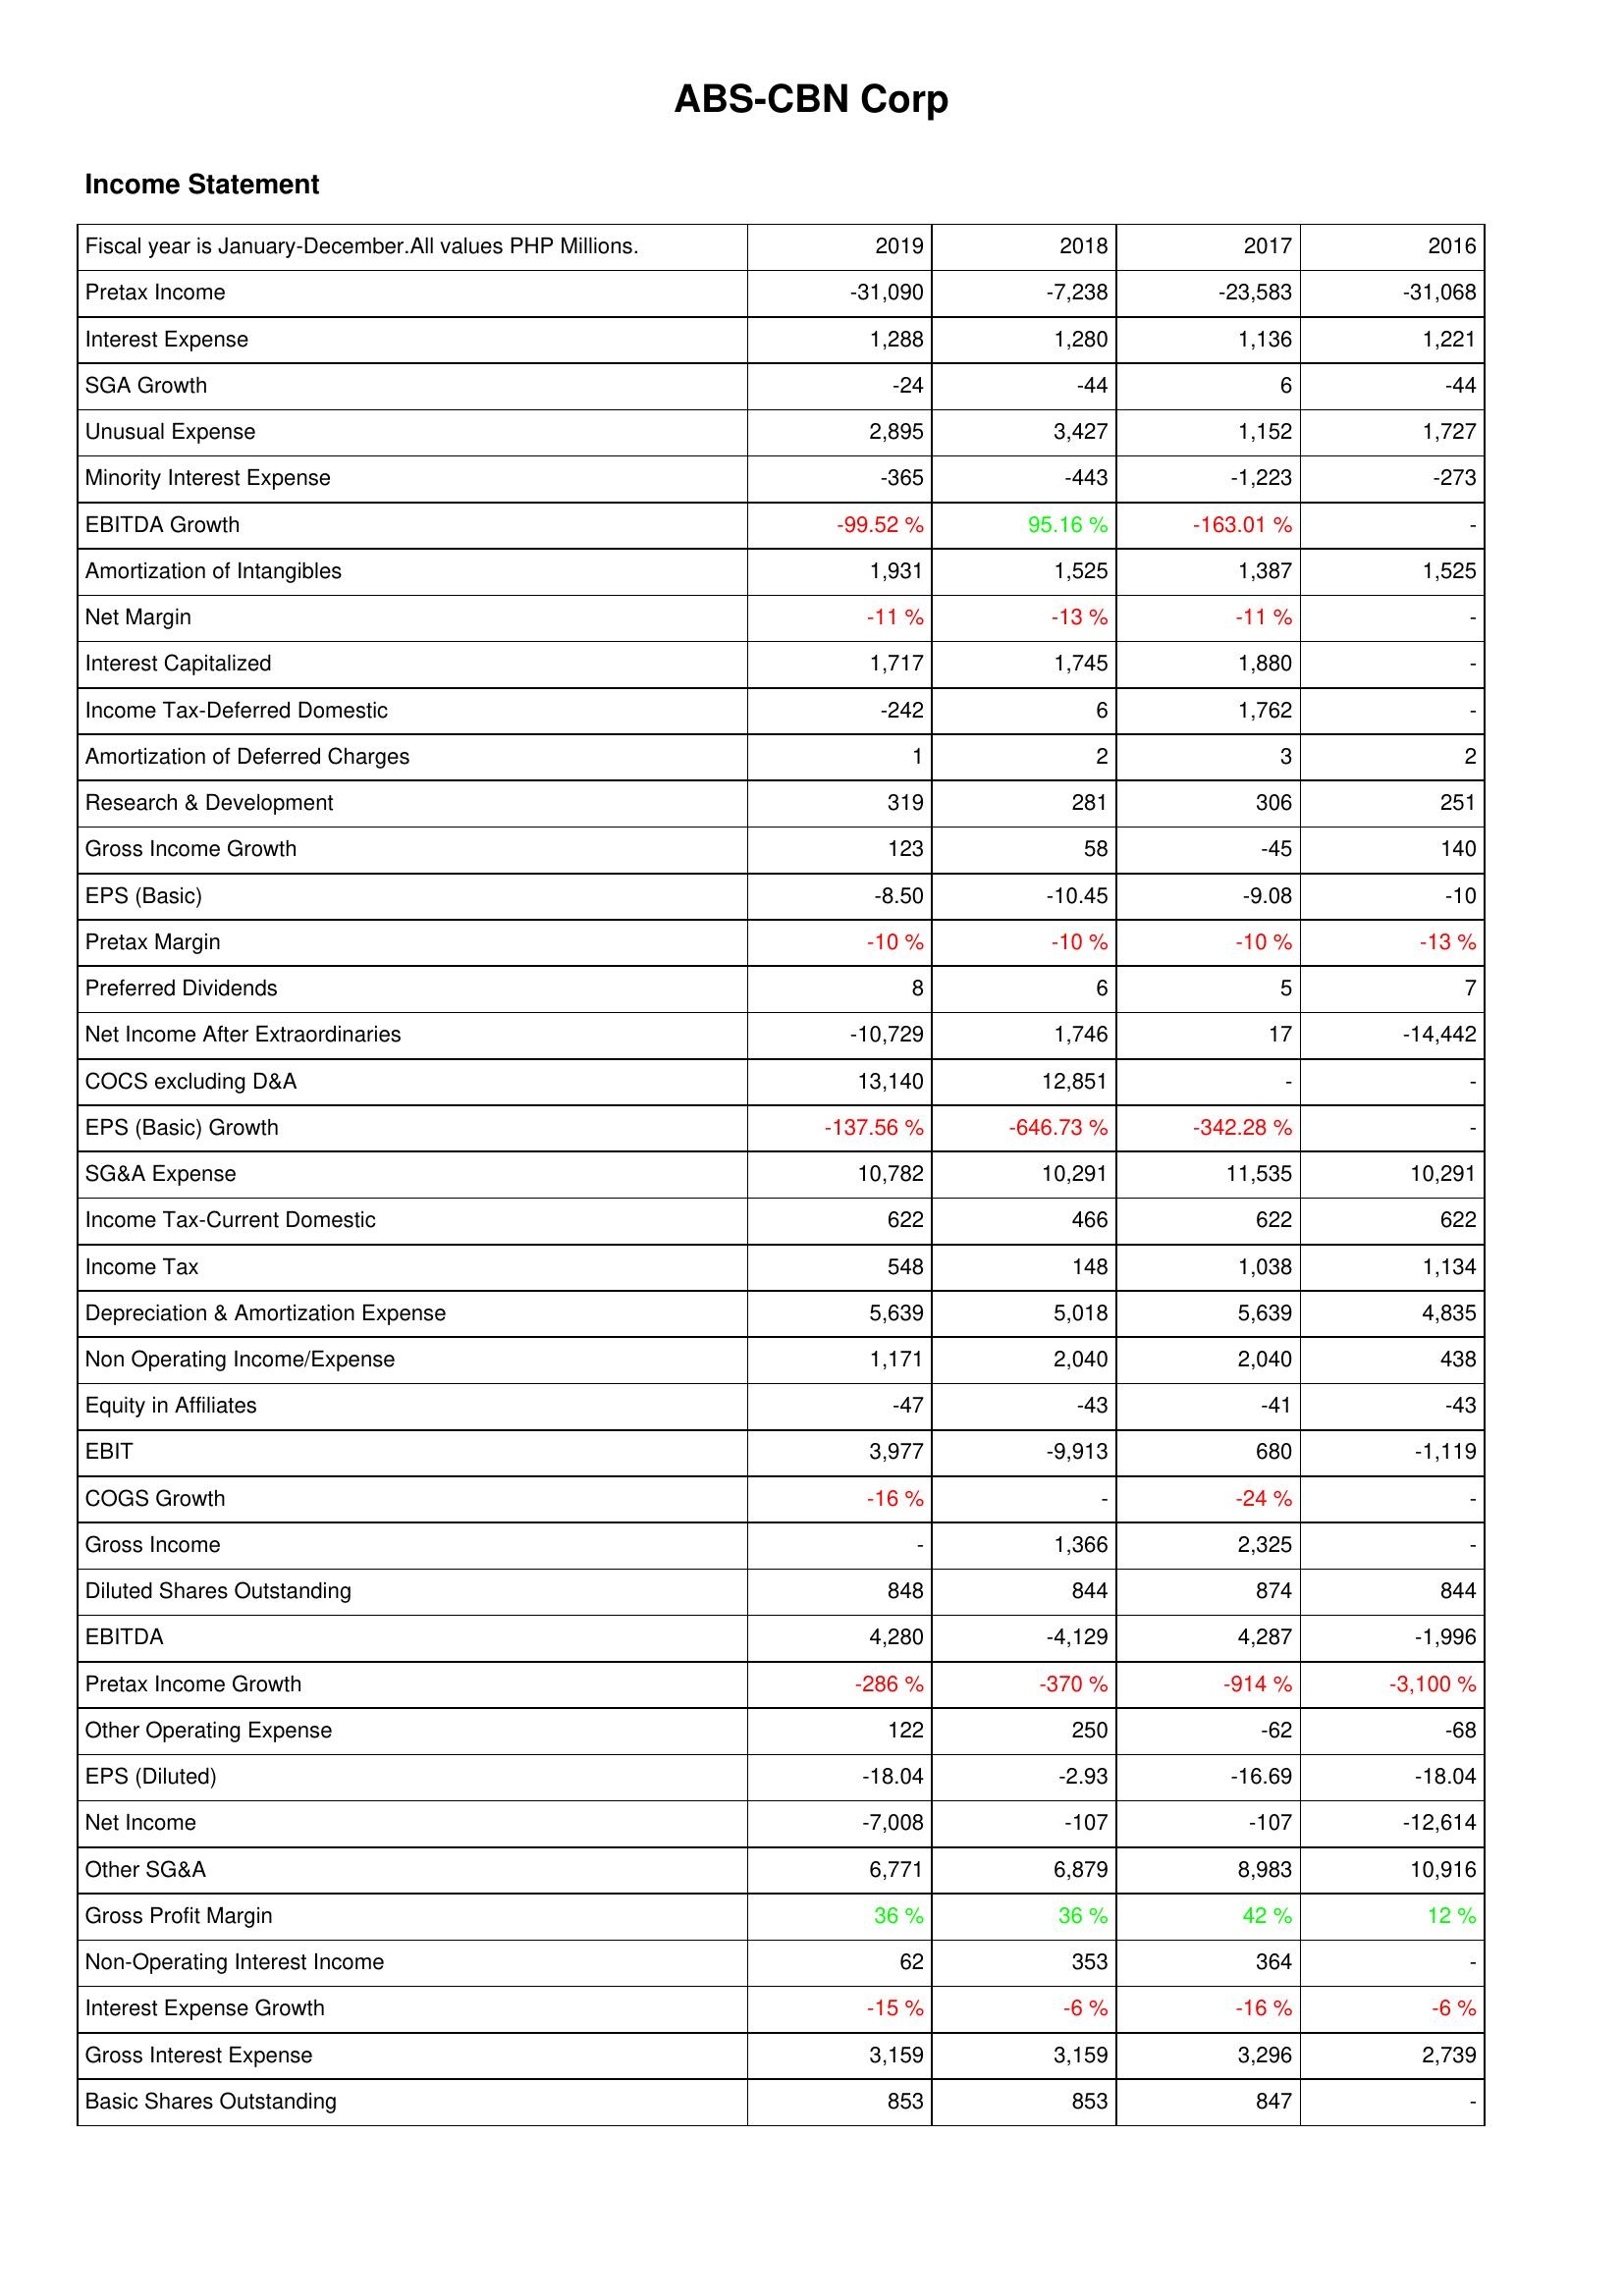
2019: Income Statement: Pretax Income: -31,090
Interest Expense: 1,288
SGA Growth: -24
Unusual Expense: 2,895
Minority Interest Expense: -365
EBITDA Growth: -99.52 %
Amortization of Intangibles: 1,931
Net Margin: -11 %
Interest Capitalized: 1,717
Income Tax-Deferred Domestic: -242
Amortization of Deferred Charges: 1
Research & Development: 319
Gross Income Growth: 123
EPS (Basic): -8.50
Pretax Margin: -10 %
Preferred Dividends: 8
Net Income After Extraordinaries: -10,729
COCS excluding D&A: 13,140
EPS (Basic) Growth: -137.56 %
SG&A Expense: 10,782
Income Tax-Current Domestic: 622
Income Tax: 548
Depreciation & Amortization Expense: 5,639
Non Operating Income/Expense: 1,171
Equity in Affiliates: -47
EBIT: 3,977
COGS Growth: -16 %
Gross Income: -
Diluted Shares Outstanding: 848
EBITDA: 4,280
Pretax Income Growth: -286 %
Other Operating Expense: 122
EPS (Diluted): -18.04
Net Income: -7,008
Other SG&A: 6,771
Gross Profit Margin: 36 %
Non-Operating Interest Income: 62
Interest Expense Growth: -15 %
Gross Interest Expense: 3,159
Basic Shares Outstanding: 853
2018: Income Statement: Pretax Income: -7,238
Interest Expense: 1,280
SGA Growth: -44
Unusual Expense: 3,427
Minority Interest Expense: -443
EBITDA Growth: 95.16 %
Amortization of Intangibles: 1,525
Net Margin: -13 %
Interest Capitalized: 1,745
Income Tax-Deferred Domestic: 6
Amortization of Deferred Charges: 2
Research & Development: 281
Gross Income Growth: 58
EPS (Basic): -10.45
Pretax Margin: -10 %
Preferred Dividends: 6
Net Income After Extraordinaries: 1,746
COCS excluding D&A: 12,851
EPS (Basic) Growth: -646.73 %
SG&A Expense: 10,291
Income Tax-Current Domestic: 466
Income Tax: 148
Depreciation & Amortization Expense: 5,018
Non Operating Income/Expense: 2,040
Equity in Affiliates: -43
EBIT: -9,913
COGS Growth: -
Gross Income: 1,366
Diluted Shares Outstanding: 844
EBITDA: -4,129
Pretax Income Growth: -370 %
Other Operating Expense: 250
EPS (Diluted): -2.93
Net Income: -107
Other SG&A: 6,879
Gross Profit Margin: 36 %
Non-Operating Interest Income: 353
Interest Expense Growth: -6 %
Gross Interest Expense: 3,159
Basic Shares Outstanding: 853
2017: Income Statement: Pretax Income: -23,583
Interest Expense: 1,136
SGA Growth: 6
Unusual Expense: 1,152
Minority Interest Expense: -1,223
EBITDA Growth: -163.01 %
Amortization of Intangibles: 1,387
Net Margin: -11 %
Interest Capitalized: 1,880
Income Tax-Deferred Domestic: 1,762
Amortization of Deferred Charges: 3
Research & Development: 306
Gross Income Growth: -45
EPS (Basic): -9.08
Pretax Margin: -10 %
Preferred Dividends: 5
Net Income After Extraordinaries: 17
COCS excluding D&A: -
EPS (Basic) Growth: -342.28 %
SG&A Expense: 11,535
Income Tax-Current Domestic: 622
Income Tax: 1,038
Depreciation & Amortization Expense: 5,639
Non Operating Income/Expense: 2,040
Equity in Affiliates: -41
EBIT: 680
COGS Growth: -24 %
Gross Income: 2,325
Diluted Shares Outstanding: 874
EBITDA: 4,287
Pretax Income Growth: -914 %
Other Operating Expense: -62
EPS (Diluted): -16.69
Net Income: -107
Other SG&A: 8,983
Gross Profit Margin: 42 %
Non-Operating Interest Income: 364
Interest Expense Growth: -16 %
Gross Interest Expense: 3,296
Basic Shares Outstanding: 847
2016: Income Statement: Pretax Income: -31,068
Interest Expense: 1,221
SGA Growth: -44
Unusual Expense: 1,727
Minority Interest Expense: -273
EBITDA Growth: -
Amortization of Intangibles: 1,525
Net Margin: -
Interest Capitalized: -
Income Tax-Deferred Domestic: -
Amortization of Deferred Charges: 2
Research & Development: 251
Gross Income Growth: 140
EPS (Basic): -10
Pretax Margin: -13 %
Preferred Dividends: 7
Net Income After Extraordinaries: -14,442
COCS excluding D&A: -
EPS (Basic) Growth: -
SG&A Expense: 10,291
Income Tax-Current Domestic: 622
Income Tax: 1,134
Depreciation & Amortization Expense: 4,835
Non Operating Income/Expense: 438
Equity in Affiliates: -43
EBIT: -1,119
COGS Growth: -
Gross Income: -
Diluted Shares Outstanding: 844
EBITDA: -1,996
Pretax Income Growth: -3,100 %
Other Operating Expense: -68
EPS (Diluted): -18.04
Net Income: -12,614
Other SG&A: 10,916
Gross Profit Margin: 12 %
Non-Operating Interest Income: -
Interest Expense Growth: -6 %
Gross Interest Expense: 2,739
Basic Shares Outstanding: -